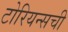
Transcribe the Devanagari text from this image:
टोरियन्सची